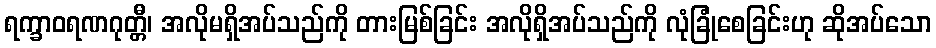
ရက္ခာဝရဏဂုတ္တီ၊ အလိုမရှိအပ်သည်ကို တားမြစ်ခြင်း အလိုရှိအပ်သည်ကို လုံခြုံစေခြင်းဟု ဆိုအပ်သော